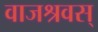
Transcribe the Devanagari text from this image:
वाजश्रवस्